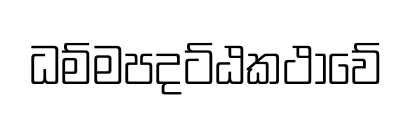
ධම්මපදට්ඨකථාවේ